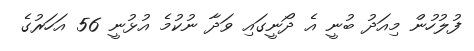
ފުލުހުން މިއަދު ބުނީ އެ ދޯނީގައި ވަދާ ނުކުމެ އުޅުނީ 56 އަހަރުގެ